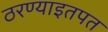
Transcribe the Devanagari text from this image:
ठरण्याइतपत